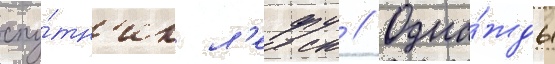
спу́тн'ик л'ефу // Одна́жды